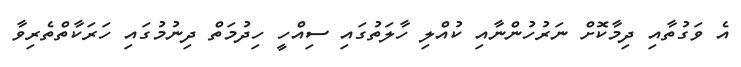
އެ ވަގުތާއި ދިމާކޮށް ނަރުހުންނާއި ކުއްލި ހާލަތުގައި ސިއްހީ ހިދުމަތް ދިނުމުގައި ހަރަކާތްތެރިވާ